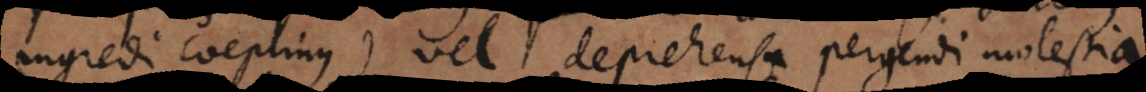
ingredi coepimus) vel deprehensa pergendi molestia